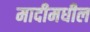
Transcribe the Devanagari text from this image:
मादीमधील